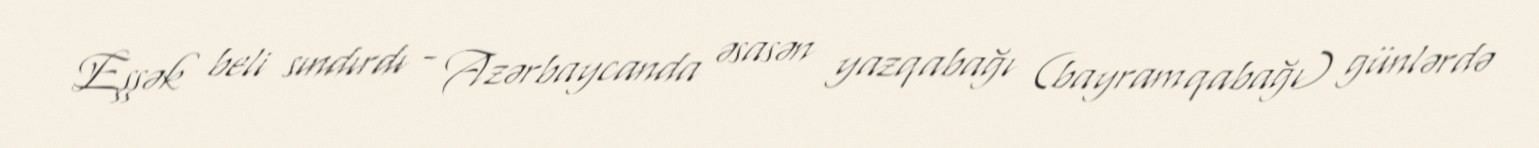
Eşşək beli sındırdı - Azərbaycanda əsasən yazqabağı (bayramqabağı) günlərdə